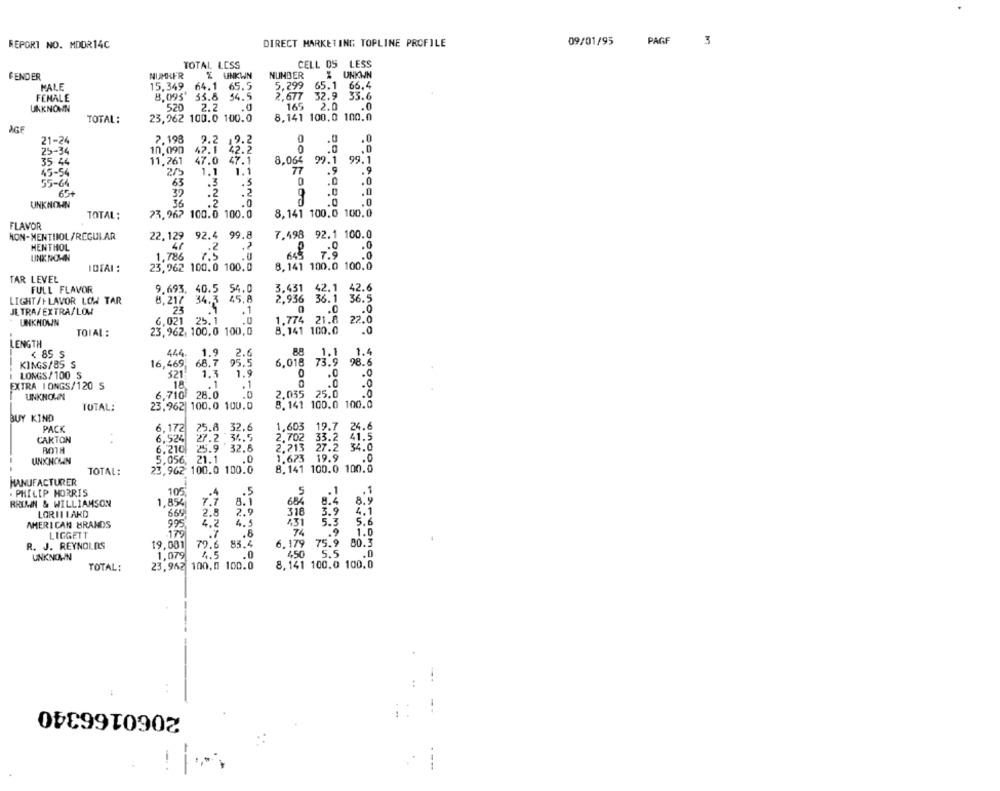
09/01/95
PAGF
3
REPORT NO. MDDR14C
DIRECT MARKETING TOPLINE PROFILE
TOTAL LESS
CELL DS LESS
FENDER
NUMRER
& UNKWN
NUMBER
Z UNKIN
MALE
15.349 64.1 65.5
5,299 65.1 66.4
8.095' 33.8
54.5
2,677
32.9
33.6
FEMALE
UNKNOWN
520
2.2
165
2.0
.0
TOTAL:
23,262 100.0 100.0
8,141 100,0 100.0
AGF
21-24
7.198
9.2
25-34
10,090
47.1
42.2
35 44
11.761
47.0 47.1
45-54
2/5
1.1
55-64
63
.5
.2
65+
32
UNKNOWN
36
TOTAL:
73. 967 100.0 100.0
FLAVOR
NON-MENTHOL /REGULAR
22.129 92.4 99.8
7,498 92.1 100.0
MENTHOL
.2
.0
UNKNOWN
1,786
7.5
7.9
IDEAL :
23,962 100.0 100.0
8,141 100.0 100.0
TAR LEVEL
FULL FLAVOR
9.693. 40.5 54.0
3.431
42.1
LIGHT/FLAVOR LOW TAR
8,217 34.3 45,8
2.936
36.1
36.5
JE TRA/ EXTRA/LOW
23
.1
UNKNOWN
6.021 25.1
TOIAL :
23,962, 100,0 100,0
1,78 2 8 20
.0
LENGTH
< 85 S
444.
1.9
2.6
88
1.4
KINGS/85 S
16,469
68.7
95.5
6,018
--
1.3
1.9
.0
LONGS/ 100 S
321
EXTRA I ONGS/120 S
18
.1
.1
.0
UNKNOWN
6,710 28.0
.0
2.035
8.141 100.0 100.0
TOTAL:
23,962| 100.0 100,0
BUY KIND
PACK
25.8 32,6
1,603
19.7 24.6
6,172
41.5
CARTON
6,524
27.2 34.5
2,702
33.2
BOTH
6.210
25.9 32.8
2.213
27.2 34.0
UNKNOWN
5,056, 21.1
.0
1.673
19.9
1.0
8.141 100.0 100.0
TOTAL:
23,962 100.0 100.0
MANUFACTURER
105
5
.. 1
. PHILIP MORRIS
.. 5
.1
8.9
RRIMN & WILLIAMSON
1,854
7.7
8.1
684
8.4
LORILLARD
669
2.8
2.9
318
3.9
4.1
AMERICAN BRANDS
4.2
4.5
431
5.3
5.6
995
74
LIGGETT
179
.8
1.0
R. J. REYNOLDS
19,001
79.6
83.4
6. 179
75.9
80.3
1,079
4.5
.0
450
5.5
.0
UNKNOWN
TOTAL:
23,962
100.0 100.0
8,141 100.0 100.0
2060166340